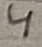
Text: 4